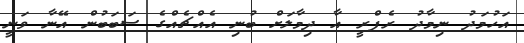
އަހުމަދު ނިމާދު ރެފްރީ އާ ދިމާލަށް ބުނި އެއްޗެއްގެ ސަބަބުން އޭނާ ވަނީ